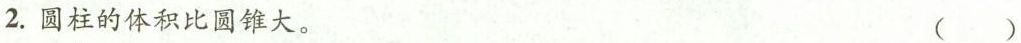
2.圆柱的体积比圆锥大。 （）